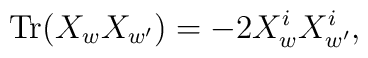
{\rm Tr} (X_w X_{w'}) = - 2 X_w^i X_{w'}^i,